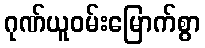
ဂုဏ်ယူဝမ်းမြောက်စွာ